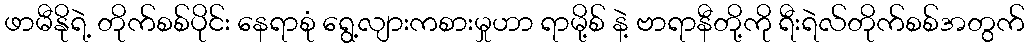
ဖာမီနိုရဲ့ တိုက်စစ်ပိုင်း နေရာစုံ ရွေ့လျားကစားမှုဟာ ရာမို့စ် နဲ့ ဗာရာနီတို့ကို ရီးရဲလ်တိုက်စစ်အတွက်